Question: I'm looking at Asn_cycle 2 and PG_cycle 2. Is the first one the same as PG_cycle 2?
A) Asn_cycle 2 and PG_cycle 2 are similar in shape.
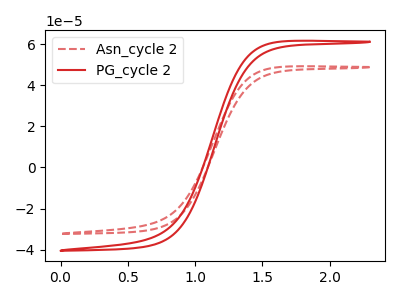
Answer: <think>The red dashed curve "Asn_cycle 2" has no peaks. The red curve "PG_cycle 2" has no peaks.
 Neither "Asn_cycle 2" or "PG_cycle 2" have any peaks.</think>
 <answer>A) "Asn_cycle 2" and "PG_cycle 2" are similar in shape.</answer>
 <eval>A</eval>